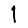
Digit: 1